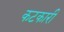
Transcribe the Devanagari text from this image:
कटकारी